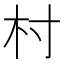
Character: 村